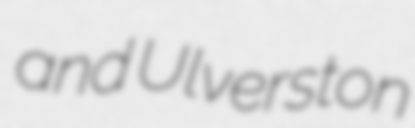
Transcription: and Ulverston